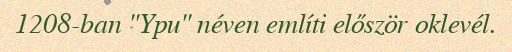
1208-ban "Ypu" néven említi először oklevél.